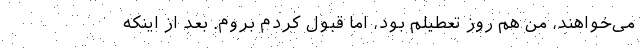
می‌خواهند، من هم روز تعطیلم بود، اما قبول کردم بروم. بعد از اینکه